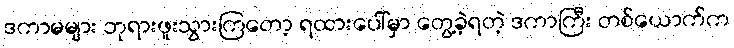
ဒကာမများ ဘုရားဖူးသွားကြတော့ ရထားပေါ်မှာ တွေ့ခဲ့ရတဲ့ ဒကာကြီး တစ်ယောက်က